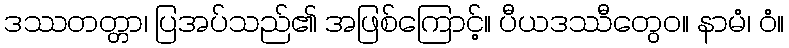
ဒဿတတ္တာ၊ ပြအပ်သည်၏ အဖြစ်ကြောင့်။ ပီယဒဿီတွေဝ။ နာမံ၊ ဝံ။